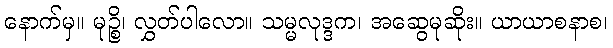
နောက်မှ။ မုဉ္စိ၊ လွှတ်ပါလော။ သမ္မလုဒ္ဒက၊ အဆွေမုဆိုး။ ယာယာစနာစ၊